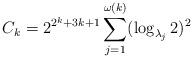
LaTeX: \begin{align*} C_k = 2^{2^k + 3k + 1} \sum_{j=1}^{\omega(k)} (\log_{\lambda_j} 2)^2 \end{align*}